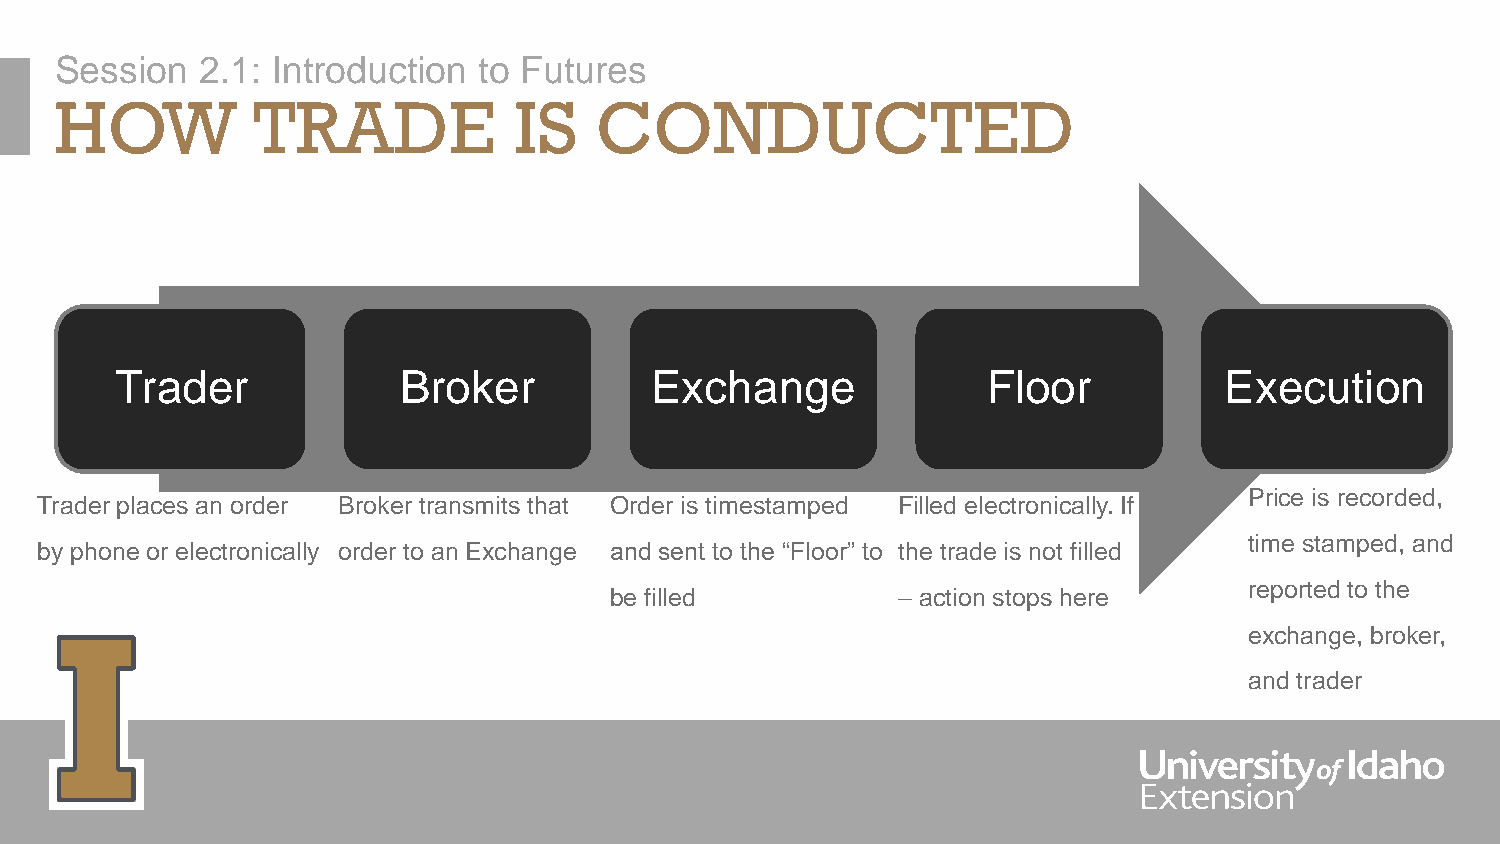
Session  2.1: Introduction  to Futures
 HOW          TRADE            IS   CONDUCTED
 Trader            Broker           Exchange              Floor           Execution
 Price is recorded,
 Trader places an order Broker transmits that Order is timestamped Filled electronically. If
 time stamped, and
 by phone or electronically order to an Exchange and sent to the “Floor” to the trade is not filled
 reported to the
 be filled          – action stops here
 exchange, broker,
 and trader